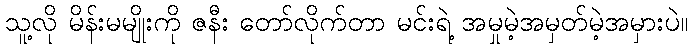
သူ့လို မိန်းမမျိုးကို ဇနီး တော်လိုက်တာ မင်းရဲ့ အမှုမဲ့အမှတ်မဲ့အမှားပဲ။